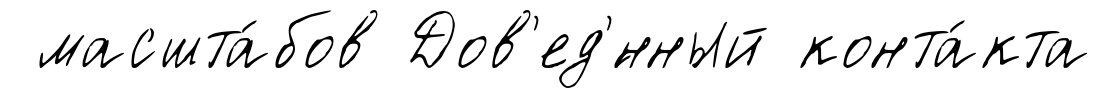
масшта́бов Дов'ед'́нный конта́кта